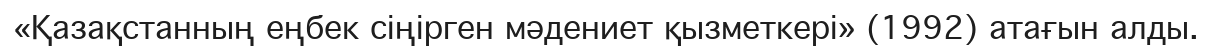
«Қазақстанның еңбек сіңірген мәдениет қызметкері» (1992) атағын алды.